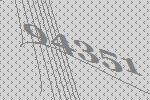
94351